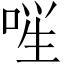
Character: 𪡚